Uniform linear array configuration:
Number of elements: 12
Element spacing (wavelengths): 0.5
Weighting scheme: kaiser
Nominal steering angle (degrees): -45
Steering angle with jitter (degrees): -43.043
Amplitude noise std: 0.05
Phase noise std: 0.05

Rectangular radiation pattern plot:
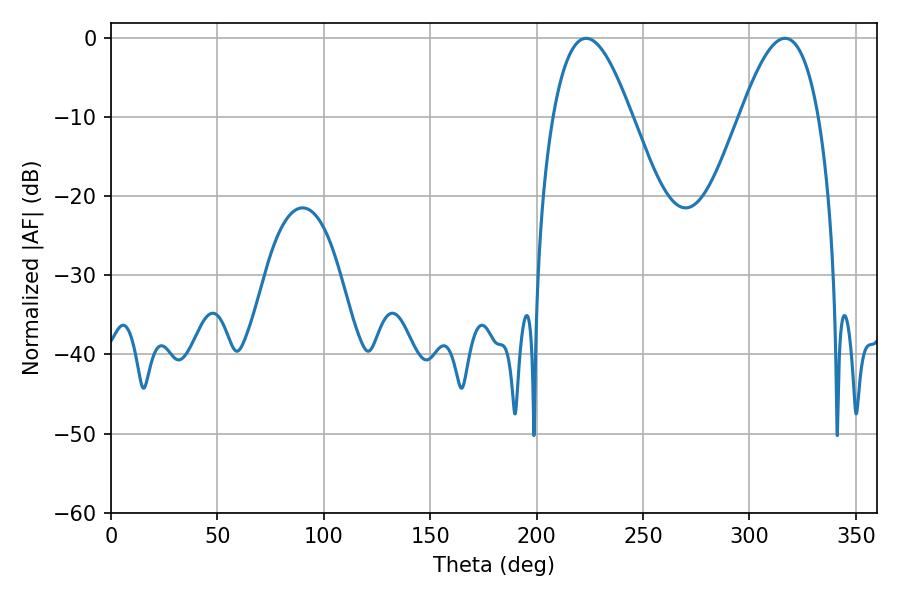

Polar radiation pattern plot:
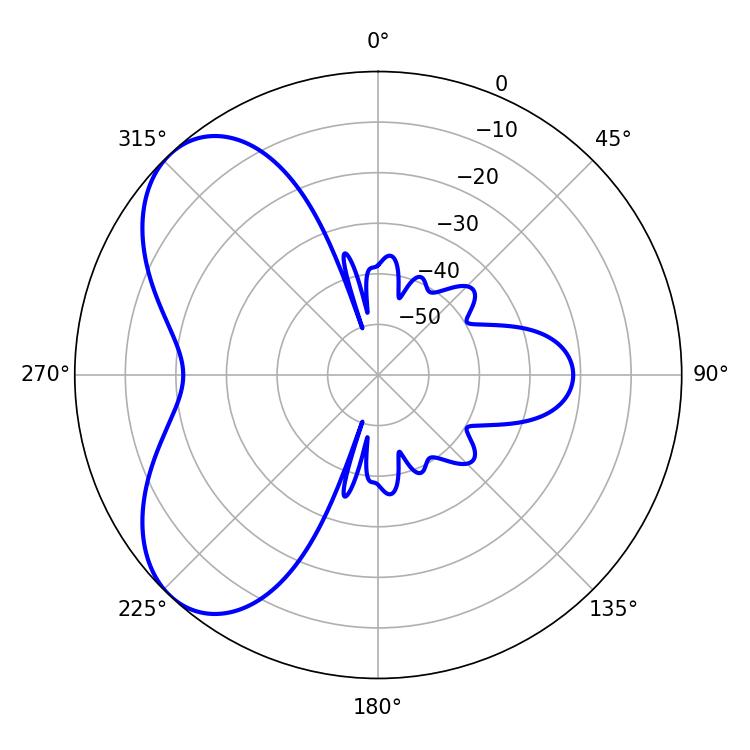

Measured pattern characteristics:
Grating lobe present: FALSE
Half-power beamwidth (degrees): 20.16
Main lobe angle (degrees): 223.2